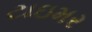
ટાઇમર